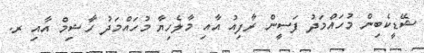
ޝޭޑީކެބިން މުހައްމަދު ފަސީން ރާފިއު އާއި މާލެހިޔާ މުހައްމަދު ހާޝިމް އާއި ރ.